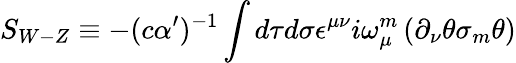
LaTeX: S_{{W-Z}}\equiv-(c\alpha^{\prime})^{-{1}}\int d\tau d\sigma\epsilon^{\mu\nu}i\omega_{\mu}^{{m}}\left(\partial_{\nu}\theta\sigma_{{m}}\theta\right)